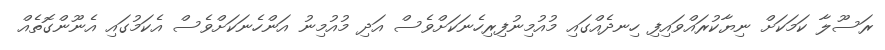
ރަސޫލާ ކަމަކަށް ނިޔާކުރައްވައިފި ހިނދެއްގައި މުއުމިނުފިރިހެނަކަށްވެސް އަދި މުއުމިނު އަންހެނަކަށްވެސް އެކަމުގައި އެނޫންގޮތެއް